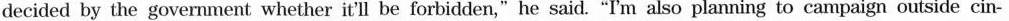
decided by the government whether it'll beforbidden,"he said."I'm also planning to campaign outside cin-